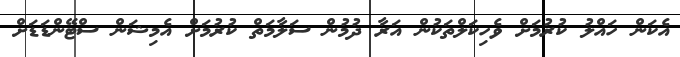
އެކަން ހައްލު ކުރުމަށް ވެހިކަލްތަކުން އަރާ ދުމުން ސަލާމަތް ކުރުމަށް އެމިޝަން ސްޓޭންޑަޑަށް